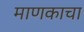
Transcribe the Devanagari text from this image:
माणकाचा